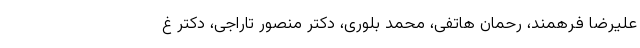
علیرضا فرهمند، رحمان هاتفی، محمد بلوری، دکتر منصور تاراجی، دکتر غ